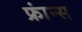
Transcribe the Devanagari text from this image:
फ्रांन्स